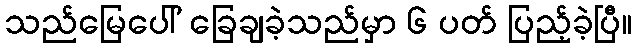
သည်မြေပေါ် ခြေချခဲ့သည်မှာ ၆ ပတ် ပြည့်ခဲ့ပြီ။